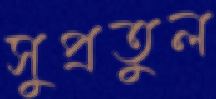
সুপ্রতুল